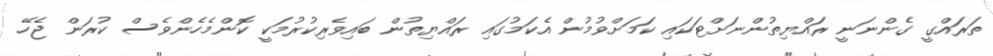
ތަރައްގީ ގެންނަނީ ރައްޔިތުންނަށްޓަކައި ކަމަށްވުމުން އެކަމުގައި ރައްޔިތުން ބައިވެރިިކުރުުމަކީ ކޮންމެހެންވެސް ކުރަން ޖެހޭ